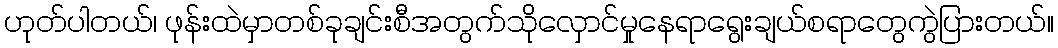
ဟုတ်ပါတယ်၊ ဖုန်းထဲမှာတစ်ခုချင်းစီအတွက်သိုလှောင်မှုနေရာရွေးချယ်စရာတွေကွဲပြားတယ်။